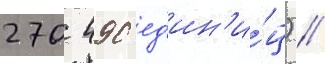
270 490 ед'ин'и́ц) //